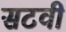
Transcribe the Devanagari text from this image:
सटवी